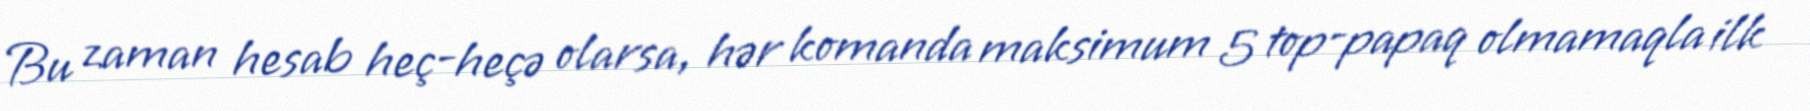
Bu zaman hesab heç-heçə olarsa, hər komanda maksimum 5 top-papaq olmamaqla ilk